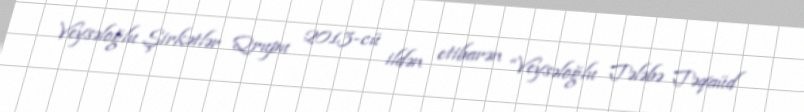
Veysəloğlu Şirkətlər Qrupu 2013-cü ildən etibarən “Veysəloğlu Tələbə Təqaüd